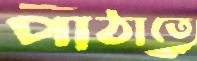
পাঠাতে